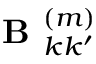
\textbf { B } _ { k k ^ { \prime } } ^ { ( m ) }